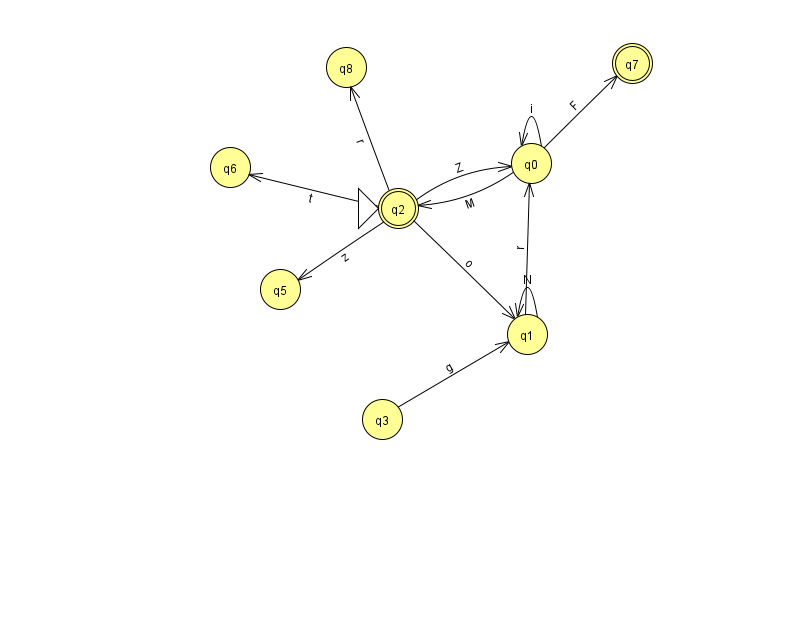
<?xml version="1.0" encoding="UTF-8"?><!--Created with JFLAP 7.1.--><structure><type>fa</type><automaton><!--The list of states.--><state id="0" name="q0"><x>531.0</x><y>150.0</y></state><state id="1" name="q1"><x>527.0</x><y>321.0</y></state><state id="2" name="q2"><x>398.0</x><y>195.0</y><initial/><final/></state><state id="3" name="q3"><x>382.0</x><y>406.0</y></state><state id="5" name="q5"><x>280.0</x><y>276.0</y></state><state id="6" name="q6"><x>230.0</x><y>154.0</y></state><state id="7" name="q7"><x>632.0</x><y>50.0</y><final/></state><state id="8" name="q8"><x>346.0</x><y>54.0</y></state><!--The list of transitions.--><transition><from>1</from><to>0</to><read>r</read></transition><transition><from>2</from><to>6</to><read>t</read></transition><transition><from>2</from><to>5</to><read>z</read></transition><transition><from>2</from><to>1</to><read>o</read></transition><transition><from>0</from><to>0</to><read>i</read></transition><transition><from>0</from><to>2</to><read>M</read></transition><transition><from>3</from><to>1</to><read>g</read></transition><transition><from>2</from><to>8</to><read>r</read></transition><transition><from>0</from><to>7</to><read>F</read></transition><transition><from>1</from><to>1</to><read>N</read></transition><transition><from>2</from><to>0</to><read>Z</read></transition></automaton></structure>